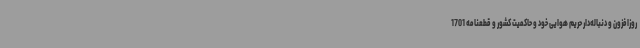
روزافزون و دنباله‌دار حریم هوایی خود و حاکمیت کشور و قطعنامه 1701